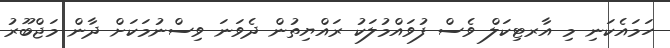
ހަމައެކަނި މި އާރޓިކަލް ވެސް ފުވައްމުލަކު ރައްޔިތުން ދެވަނަ ވިސްނުމަކަށް ދާން މަޖްބޫރު